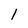
Character: 1